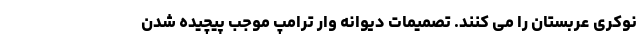
نوکری عربستان را می کنند. تصمیمات دیوانه وار ترامپ موجب پیچیده شدن